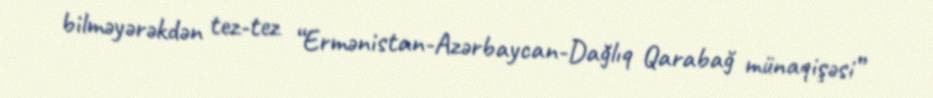
bilməyərəkdən tez-tez “Ermənistan-Azərbaycan-Dağlıq Qarabağ münaqişəsi”